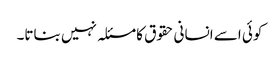
کوئی اسے انسانی حقوق کا مسئلہ نہیں بناتا۔